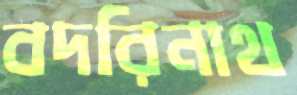
বদরিনাথ